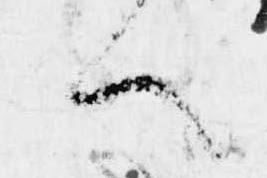
へ